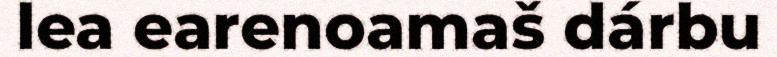
lea earenoamaš dárbu